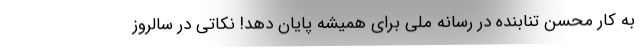
به کار محسن تنابنده در رسانه ملی برای همیشه پایان دهد! نکاتی در سالروز